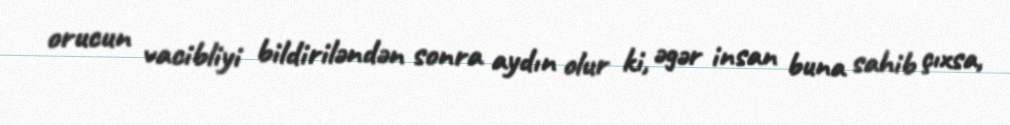
orucun vacibliyi bildiriləndən sonra aydın olur ki, əgər insan buna sahib çıxsa,